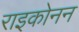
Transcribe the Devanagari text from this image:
राइकोनन